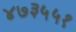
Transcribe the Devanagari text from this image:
४७३५५१